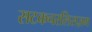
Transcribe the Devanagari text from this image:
सटकचरलिसज़म